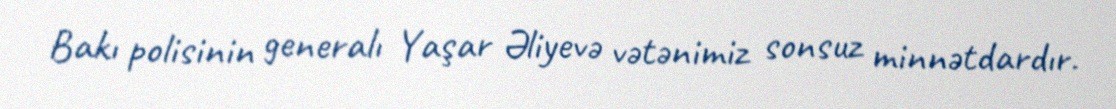
Bakı polisinin generalı Yaşar Əliyevə vətənimiz sonsuz minnətdardır.